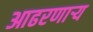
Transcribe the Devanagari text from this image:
आढरणार्‍य